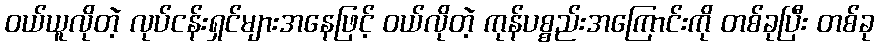
ဝယ်ယူလိုတဲ့ လုပ်ငန်းရှင်များအနေဖြင့် ဝယ်လိုတဲ့ ကုန်ပစ္စည်းအကြောင်းကို တစ်ခုပြီး တစ်ခု